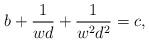
LaTeX: \begin{align*}b+\frac{1}{wd}+\frac{1}{w^2d^2}=c,\end{align*}